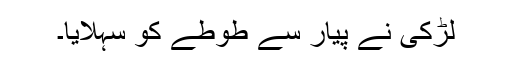
لڑکی نے پیار سے طوطے کو سہلایا۔